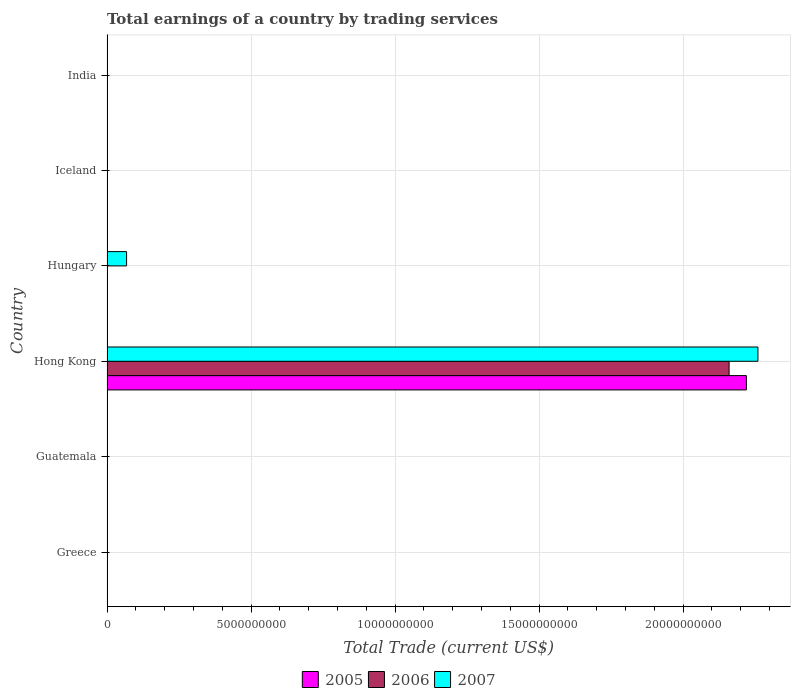
| Country | 2005 | 2006 | 2007 |
 | --- | --- | --- | --- |
 | Greece | -1.51e+10 | -2.49e+10 | -3.42e+10 |
 | Guatemala | -4.33e+09 | -5.11e+09 | -5.8e+09 |
 | Hong Kong | 2.22e+10 | 2.16e+10 | 2.26e+10 |
 | Hungary | -1.35e+09 | -1.15e+09 | 6.8e+08 |
 | Iceland | -1.6e+09 | -2.38e+09 | -1.36e+09 |
 | India | -2.73e+10 | -3.18e+10 | -3.87e+10 |